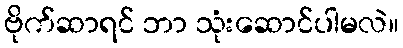
ဗိုက်ဆာရင် ဘာ သုံးဆောင်ပါမလဲ။